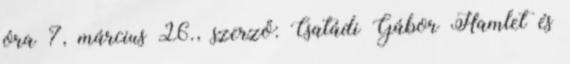
óra 7, március 26., szerző: Csatádi Gábor Hamlet és